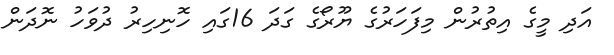
އަދި މީގެ އިތުރުން މިފަހަރުގެ ޔޫރޯގެ ގަދަ 16ގައި ހޮނިހިރު ދުވަހު ނޮދަން